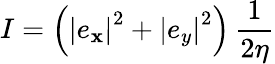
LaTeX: I=\left(\left|e_{\mathbf{x}}\right|^{2}+\left|e_{y}\right|^{2}\right)\, {\frac{{1}}{{2\eta}}}